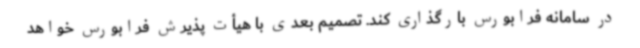
در سامانه فرابورس بارگذاری کند. تصمیم بعدی با هیأت پذیرش فرابورس خواهد